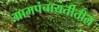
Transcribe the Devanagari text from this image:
ग्रामपंचायतीतील